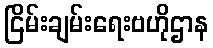
ငြိမ်းချမ်းရေးဗဟိုဌာန